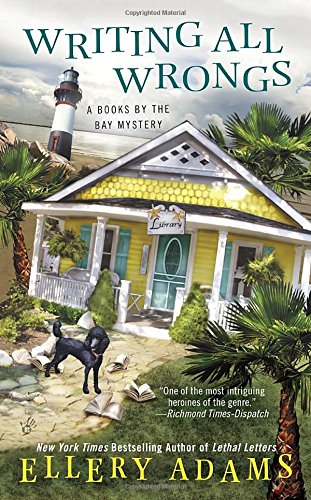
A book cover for Writing All Wrongs (A Books by the Bay Mystery); Ellery Adams; Mystery, Thriller & Suspense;